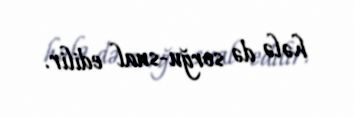
hələ də sorğu-sual edilir.